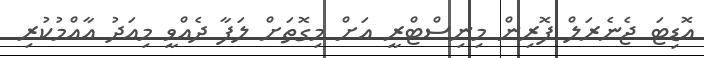
އޮޑިޓަ ޖެނެރަލް ފޮރިން މިނިސްޓްރީ އަށް މިގޮތަށް ލަފާ ދެއްވީ މިއަދު އާއްމުކުރި